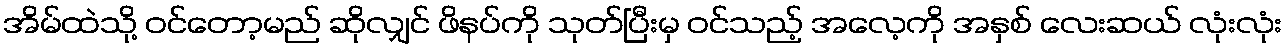
အိမ်ထဲသို့ ဝင်တော့မည် ဆိုလျှင် ဖိနပ်ကို သုတ်ပြီးမှ ဝင်သည့် အလေ့ကို အနှစ် လေးဆယ် လုံးလုံး